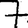
Digit: 7